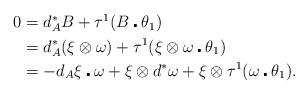
LaTeX: \begin{align*}\begin{aligned}0&=d_A^*B+\tau^1(B\centerdot\theta_1)\\&=d_A^*(\xi\otimes\omega)+\tau^1(\xi\otimes\omega\centerdot\theta_1)\\&=-d_A\xi\centerdot\omega+\xi\otimes d^*\omega+\xi\otimes\tau^1(\omega\centerdot\theta_1).\\\end{aligned}\end{align*}